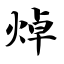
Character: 焯